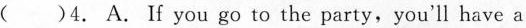
()4. A. If you go to the party,you'll have a